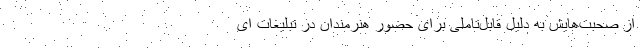
از صحبت‌هایش به دلیل قابل‌تاملی برای حضور هنرمندان در تبلیغات‌ ای